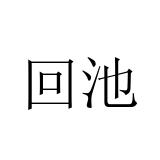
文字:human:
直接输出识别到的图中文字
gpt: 回池